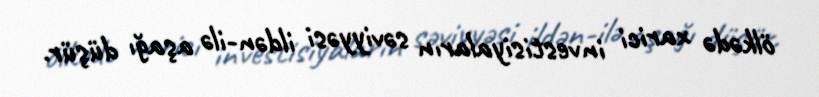
ölkədə xarici investisiyaların səviyyəsi ildən-ilə aşağı düşür.